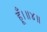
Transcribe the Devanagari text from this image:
हूँ।॥४॥